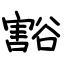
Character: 豁